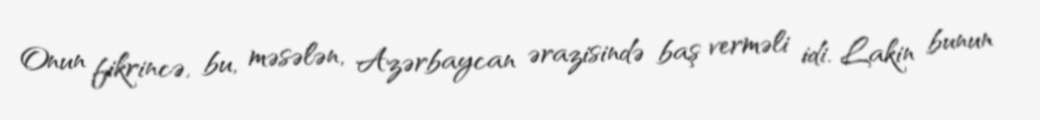
Onun fikrincə, bu, məsələn, Azərbaycan ərazisində baş verməli idi. Lakin bunun